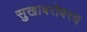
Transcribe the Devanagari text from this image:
सुखाबरोबरच